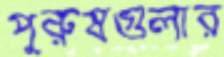
পুরুষগুলার